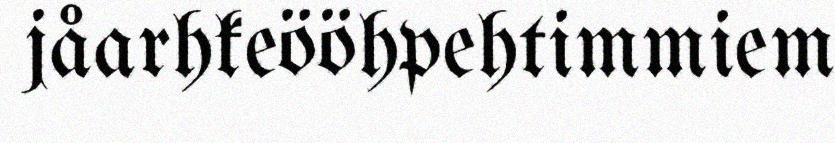
jåarhkeööhpehtimmiem